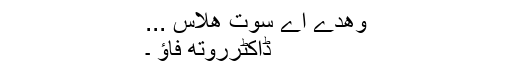
وھدے اے سوت ھلاس ...
ڈاکٹرروتھ فاؤ ۔